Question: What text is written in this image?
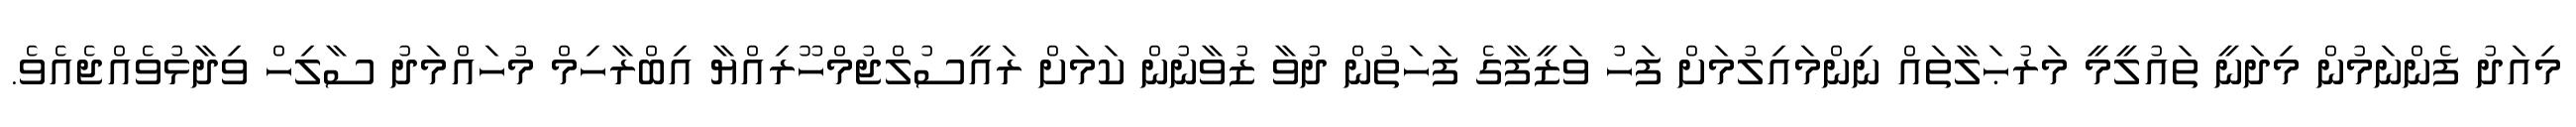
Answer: މިއަދު ފެންނަމުން މިދަނީ ތައުލީމީ މަރުޙަލާތައް ނިންމައިލުމަށް ފަހު ވަޒީފާގެ ފަހަތުން ދުވާ ޒުވާނުން ކަމަށް ރައީސުލްޖުމްހޫރިއްޔާ އިބްރާހިމް މުހައްމަދު ސާލިހް ވިދާޅުވެއްޖެއެވެ.